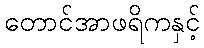
တောင်အာဖရိကနှင့်